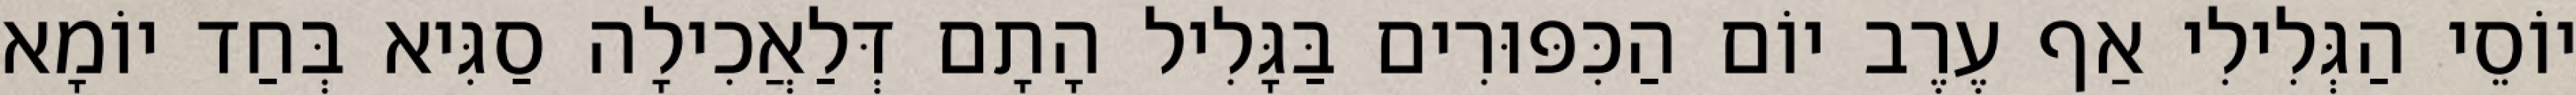
יוֹסֵי הַגְּלִילִי אַף עֶרֶב יוֹם הַכִּפּוּרִים בַּגָּלִיל הָתָם דְּלַאֲכִילָה סַגִּיא בְּחַד יוֹמָא